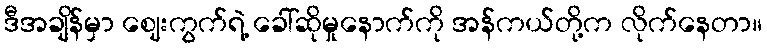
ဒီအချိန်မှာ ဈေးကွက်ရဲ့ ခေါ်ဆိုမှုနောက်ကို အန်ကယ်တို့က လိုက်နေတာ။